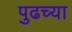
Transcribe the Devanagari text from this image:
पुढच्‍या